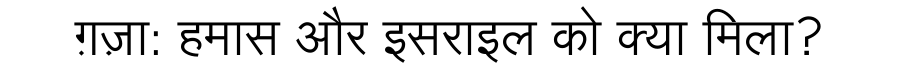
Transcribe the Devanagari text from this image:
ग़ज़ा: हमास और इसराइल को क्या मिला?